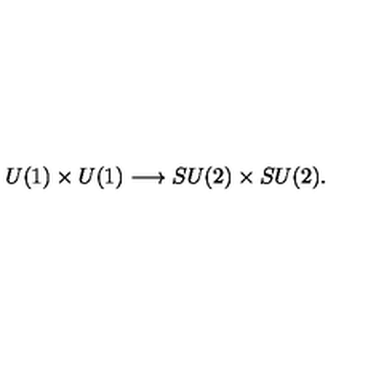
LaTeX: U ( 1 ) \times U ( 1 ) \longrightarrow S U ( 2 ) \times S U ( 2 ) .